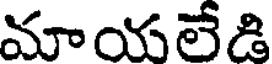
మాయలేడి